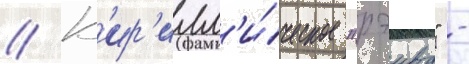
// К'ир'илл'и́ческое "рэива" -